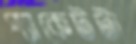
প্যাকেটটা